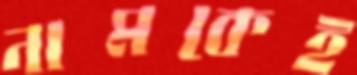
নামকেই